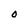
Character: O